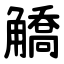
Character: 䚩